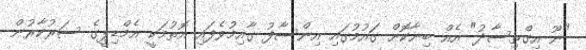
"ނޫ އިގްތިސާދު" އެއް ބިނާކޮށް ގައުމުގައި އިންސާފު ގާއިމުވެފައި އޮތުމަކީ އެމްޑިޕީގެ ސަރުކާރުން